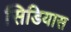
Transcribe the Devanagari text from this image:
सिडियास